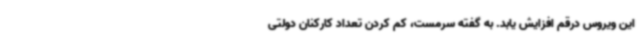
این ویروس درقم افزایش یابد. به گفته سرمست، کم کردن تعداد کارکنان دولتی